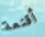
أقنعة